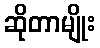
ဆိုတာမျိုး